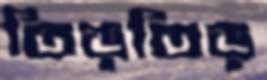
তিড়তিড়